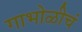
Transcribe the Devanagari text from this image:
गाभोळीचं